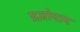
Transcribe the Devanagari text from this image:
प्रज्ञोपाय